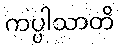
ကပ္ပါသာတိ